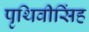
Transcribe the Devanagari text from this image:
पृथिवीसिंह